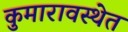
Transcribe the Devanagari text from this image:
कुमारावस्थेत